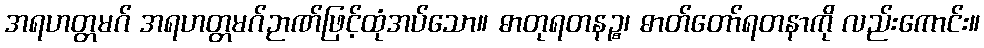
အရဟတ္တမဂ် အရဟတ္တမဂ်ဉာဏ်ဖြင့်ထုံအပ်သော။ ဓာတုရတနဉ္စ၊ ဓာတ်တော်ရတနာကို လည်းကောင်း။